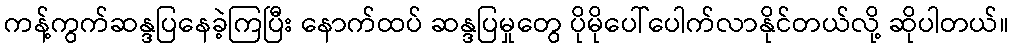
ကန့်ကွက်ဆန္ဒပြနေခဲ့ကြပြီး နောက်ထပ် ဆန္ဒပြမှုတွေ ပိုမိုပေါ်ပေါက်လာနိုင်တယ်လို့ ဆိုပါတယ်။